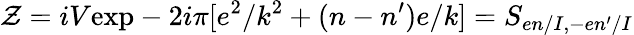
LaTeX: {\cal Z}=iV\mathrm{exp}-2i\pi[e^{2}/k^{2}+(n-n^{\prime})e/k]=S_{en/I,-en^{\prime}/I}